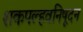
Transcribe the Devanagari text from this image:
शकपल्हवनिषूदन